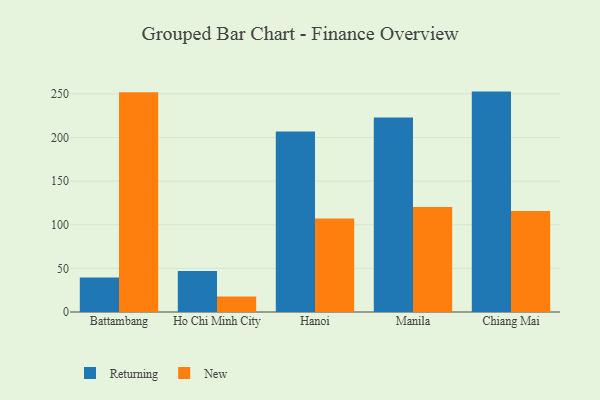
{"axis": {"x": "City", "y": "Satisfaction Score"}, "legend": ["New", "Returning"], "data": [{"x": "Battambang", "y": 39.5, "type": "Returning"}, {"x": "Battambang", "y": 251.9, "type": "New"}, {"x": "Ho Chi Minh City", "y": 46.9, "type": "Returning"}, {"x": "Ho Chi Minh City", "y": 17.9, "type": "New"}, {"x": "Hanoi", "y": 207.0, "type": "Returning"}, {"x": "Hanoi", "y": 107.3, "type": "New"}, {"x": "Manila", "y": 222.9, "type": "Returning"}, {"x": "Manila", "y": 120.2, "type": "New"}, {"x": "Chiang Mai", "y": 252.6, "type": "Returning"}, {"x": "Chiang Mai", "y": 115.8, "type": "New"}]}